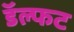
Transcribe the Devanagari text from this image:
डॅल्फट